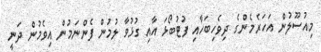
މިއުސޫލުން އަހަރެމެންގެ ދިވެހިބަހާއި ފުޓުބޯޅަ އާއި ގުޅުވާ ލުމުން ފެންނަމުން އިވެމުން ދަނީ